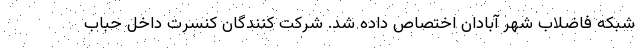
شبکه فاضلاب شهر آبادان اختصاص داده شد. شرکت کنندگان کنسرت داخل حباب